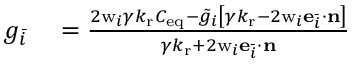
\begin{array} { r l } { g _ { \bar { i } } } & { { } = \frac { 2 \mathrm { w } _ { i } { \gamma k _ { \mathrm { r } } C _ { \mathrm { e q } } - \tilde { g } _ { i } \left[ { \gamma k _ { \mathrm { r } } - 2 \mathrm { w } _ { i } \mathbf { e } _ { \bar { i } } \cdot \mathbf { n } } \right] } } { { \gamma k _ { \mathrm { r } } + 2 \mathrm { w } _ { i } \mathbf { e } _ { \bar { i } } \cdot \mathbf { n } } } } \end{array}